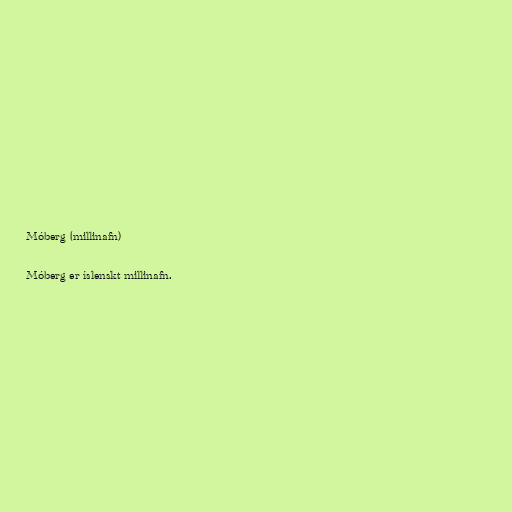
Móberg (millinafn)

Móberg er íslenskt millinafn.